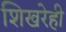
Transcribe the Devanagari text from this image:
शिखरेही